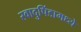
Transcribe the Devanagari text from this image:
स्वादुपिंडामध्ये